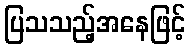
ပြသသည့်အနေဖြင့်